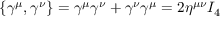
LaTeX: \displaystyle \{ \gamma ^ { \mu } , \gamma ^ { \nu } \} = \gamma ^ { \mu } \gamma ^ { \nu } + \gamma ^ { \nu } \gamma ^ { \mu } = 2 \eta ^ { \mu \nu } I _ { 4 }